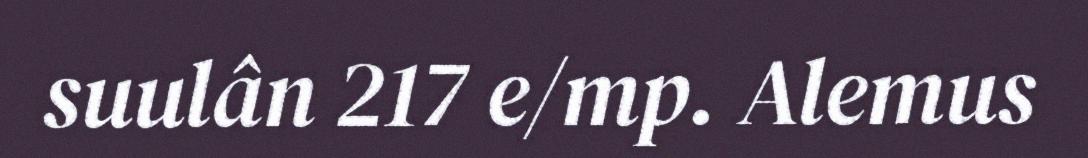
suulân 217 e/mp. Alemus